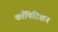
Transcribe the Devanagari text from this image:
काँपिटिशन